Voisiku_vallavalitsus, lk 16
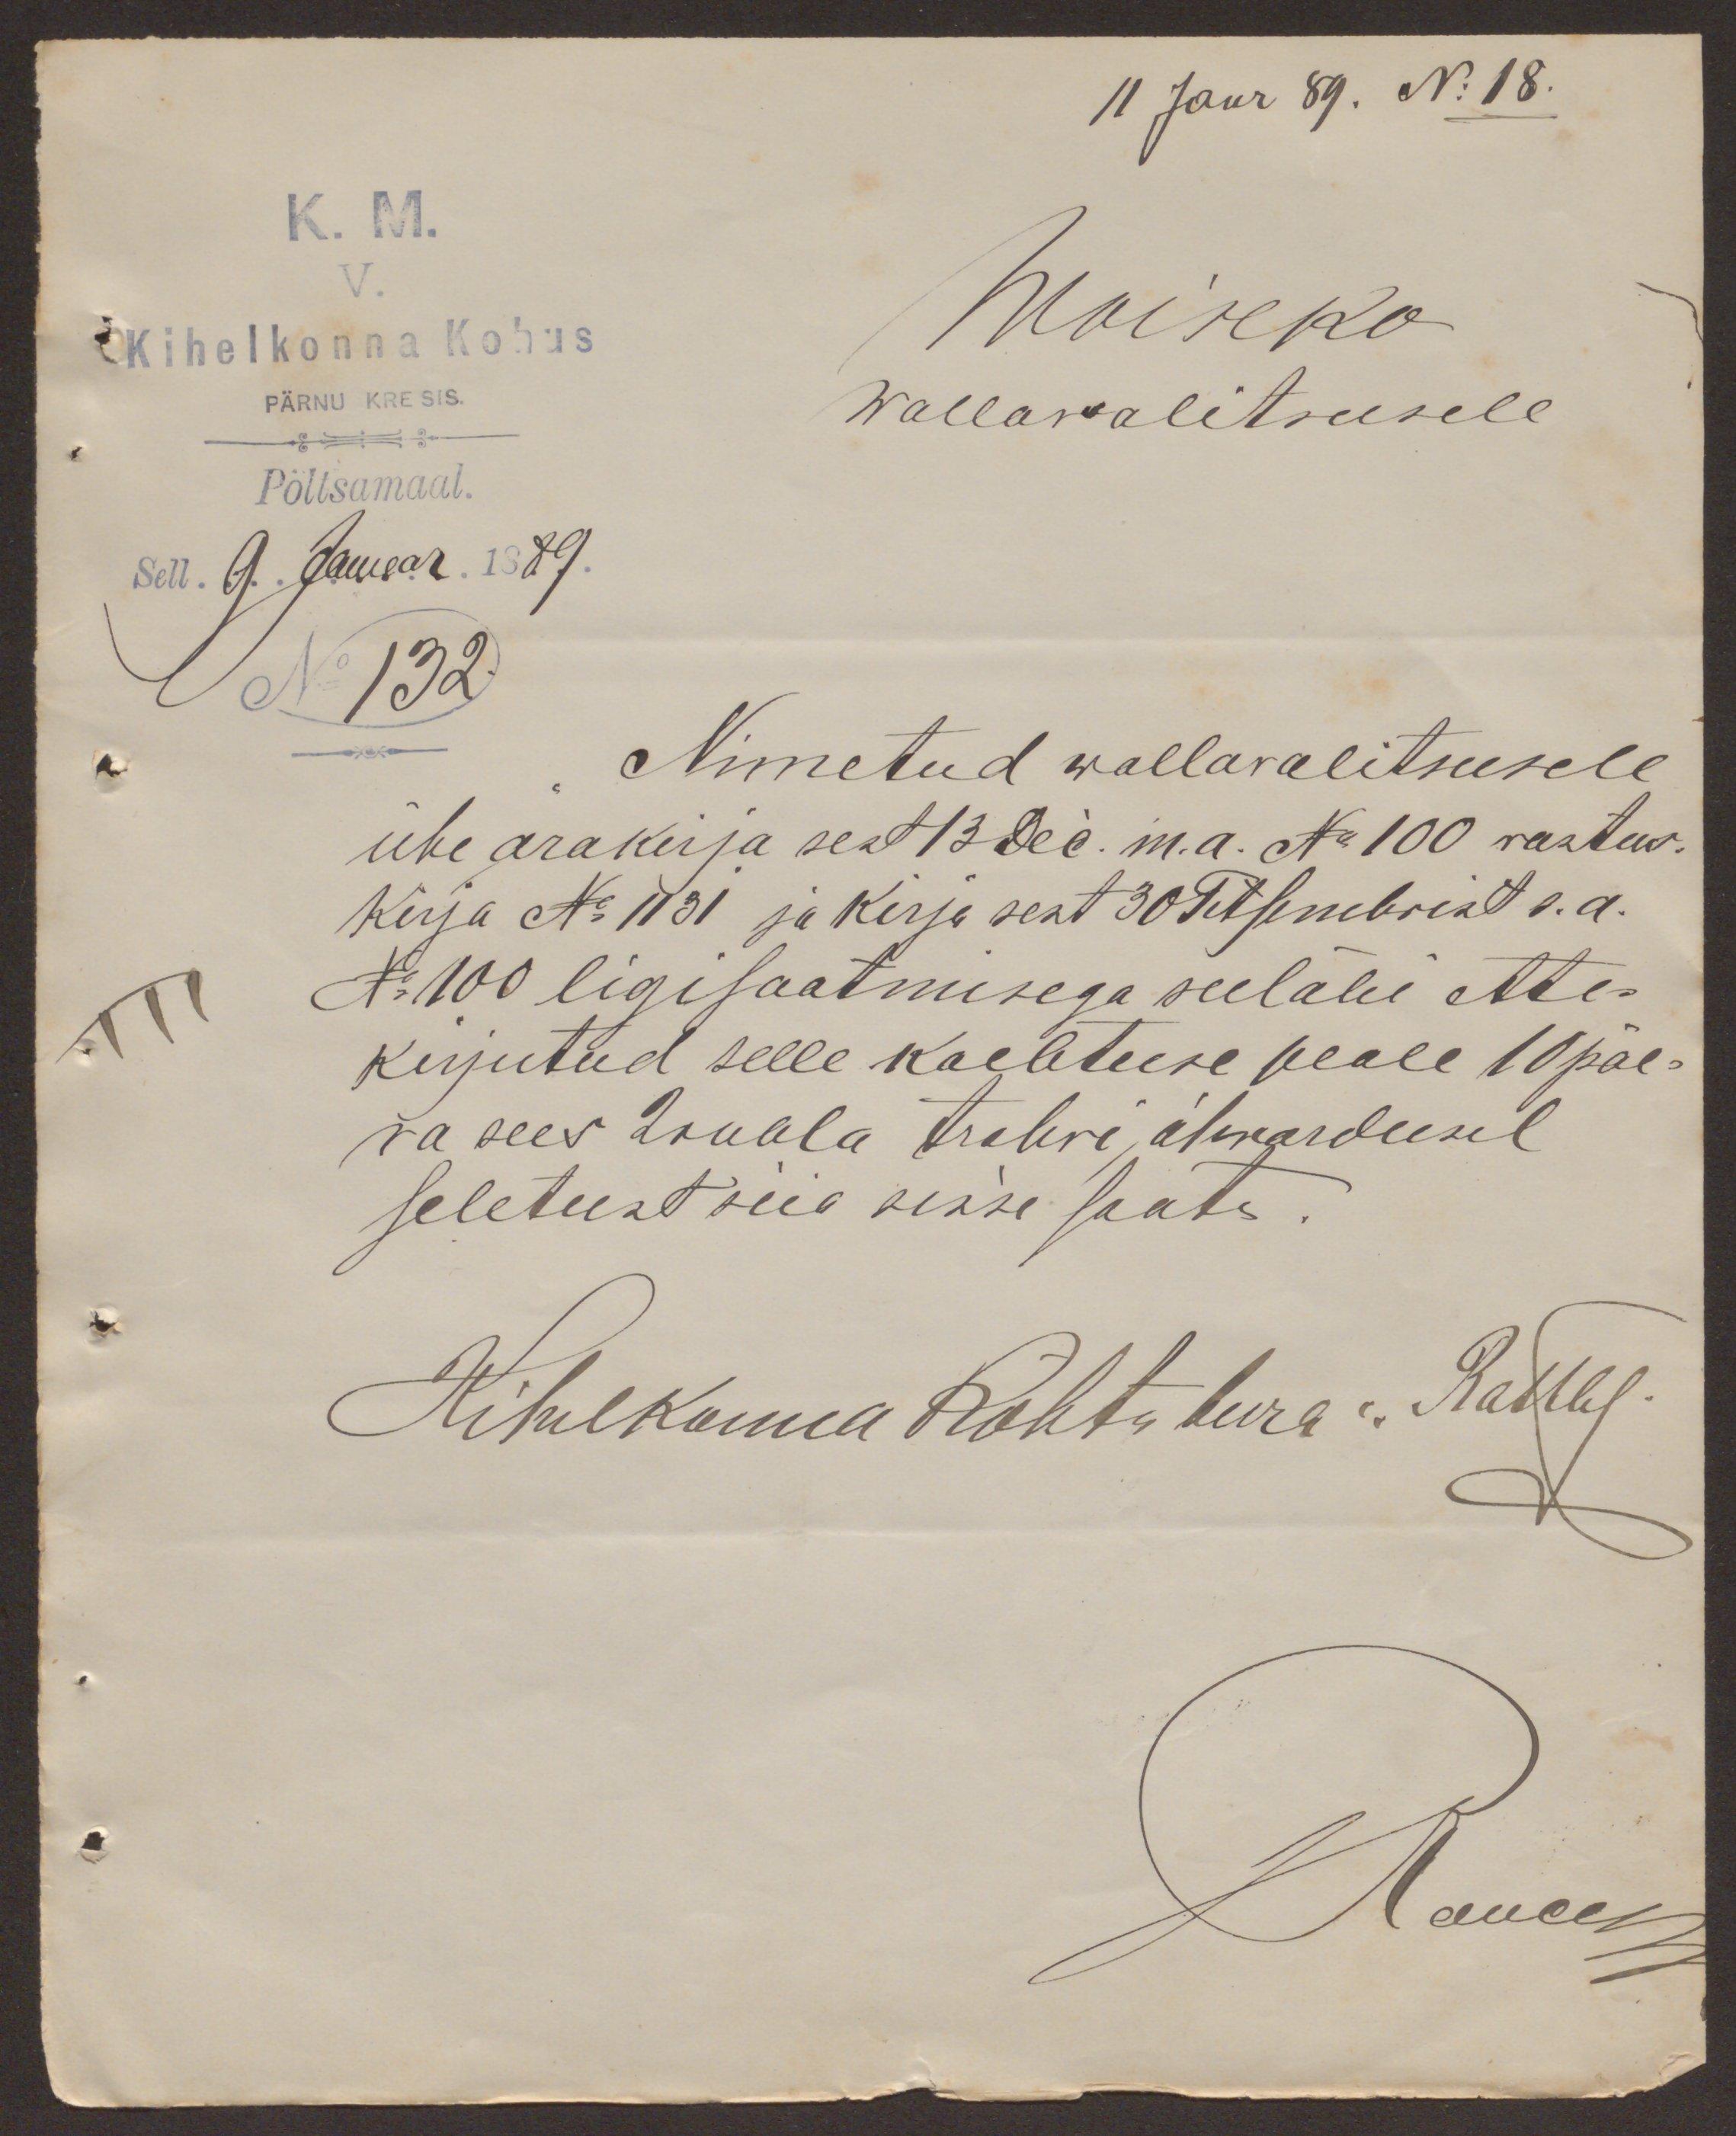
11 Janr 89. N: 18.
K. M.
V.
Woiseko
Kihelkonna Kohus
PÄRNU KRE SIS
Wallawalitsusele
Pöltsamaal.
Sell. 9 . Januar 1889.
No 132.
Nimetud wallavalitsusele
ühe ärakirja sest 13 Dec. m.a. No 100 vastus-
kirja No 1131 ja kirja sest 30 Tetsembrist s.a.
No 100 ligisaatmisega seeläbi ette-
kirjutud selle kaebtuse peale 10 päe-
va sees 2 rubla trahvi, ähwardusel
seletust siia sisse saata.
Kihelkonna Kohtuheera: Rathley

JRaucey